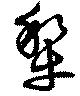
犂